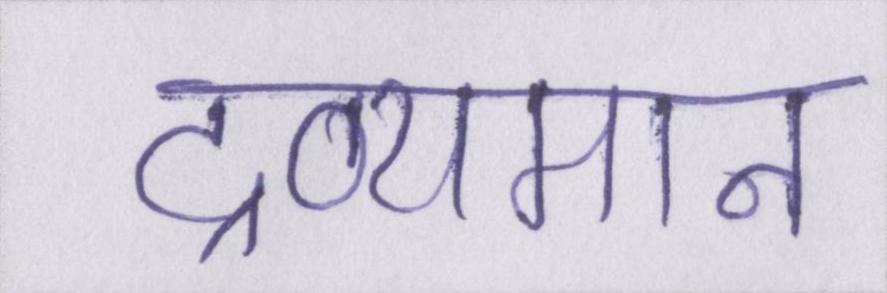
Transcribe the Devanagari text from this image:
द्रव्यमान